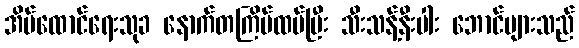
အိမ်ထောင်ရေးသုခ နောက်တကြိမ်ထပ်ပြီး သီးသန့်နီးပါး ဘောင်များသည်